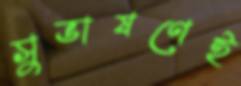
সুভাষণেই